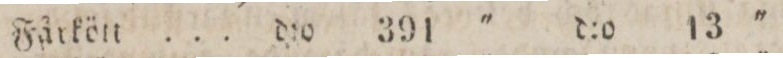
Körsbärswin